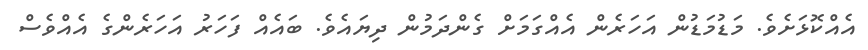
އެއްކޮޅަށެވެ. މަޑުމަޑުން އަހަރެން އެއްގަމަށް ގެންދަމުން ދިޔައެވެ. ބައެއް ފަހަރު އަހަރެންގެ އެއްވެސް